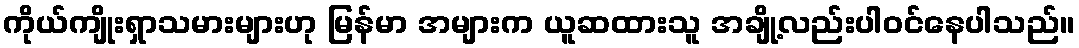
ကိုယ်ကျိုးရှာသမားများဟု မြန်မာ အများက ယူဆထားသူ အချို့လည်းပါဝင်နေပါသည်။